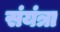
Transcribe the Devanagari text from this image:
संयंत्रा